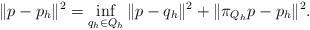
LaTeX: \begin{align*} \| p - p_h \|^2 = \inf_{q_h \in Q_h} \| p - q_h \|^2 + \| \pi_{Q_h} p - p_h \|^2. \end{align*}